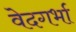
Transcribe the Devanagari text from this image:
वेदगर्भा